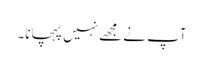
آپ نے مجھے نہیں پہچانا۔